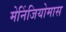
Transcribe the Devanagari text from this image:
मेनिंजियोमास